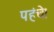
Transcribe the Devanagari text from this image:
पहंचे।